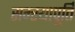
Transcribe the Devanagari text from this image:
सम्स्यापूर्ति